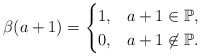
\begin{align*}\beta(a + 1) = \begin{cases} 1, & a + 1 \in \mathbb{P},\\ 0, & a + 1 \not \in \mathbb{P}. \end{cases}\end{align*}